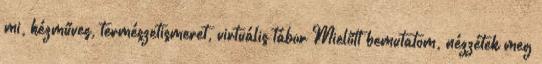
mi, kézműves, természetismeret, virtuális tábor Mielőtt bemutatom, nézzétek meg